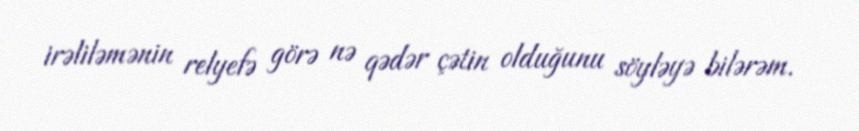
irəliləmənin relyefə görə nə qədər çətin olduğunu söyləyə bilərəm.